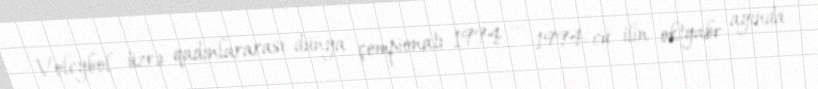
Voleybol üzrə qadınlararası dünya çempionatı 1994 — 1994-cü ilin oktyabr ayında